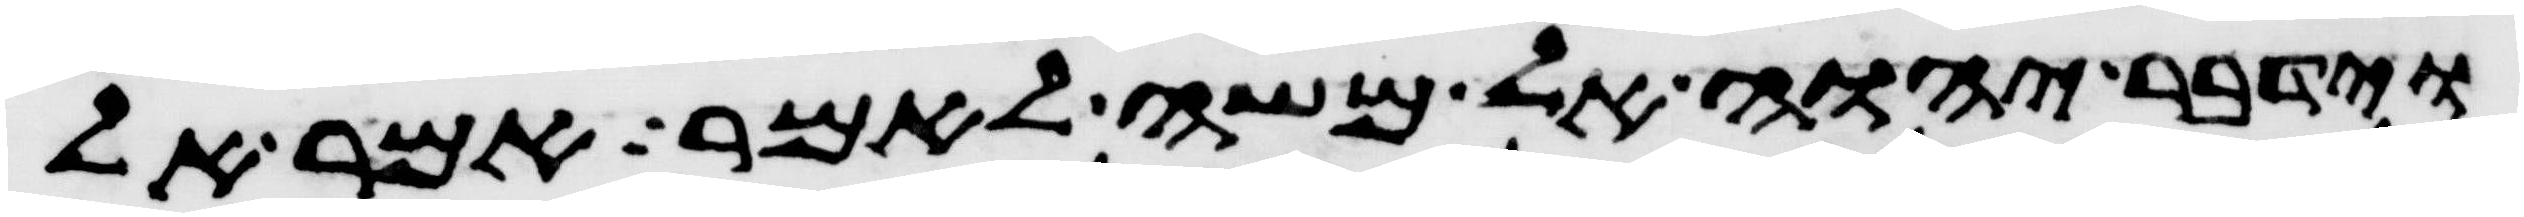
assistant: וידבר יהוה אל משה לאמר אמר אל